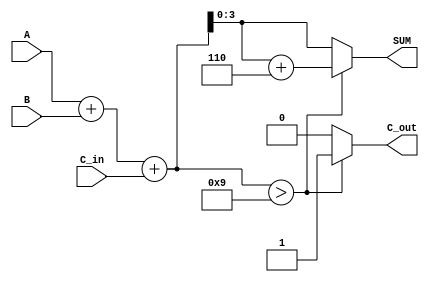
module BCD_Async_Adder (
    input [3:0] A,       // First BCD digit
    input [3:0] B,       // Second BCD digit
    input C_in,          // Carry-in
    output reg [3:0] SUM, // BCD sum output
    output reg C_out      // Carry-out
);

    // Internal wire to hold the binary sum
    wire [4:0] S; // 5 bits to hold sum and carry
    assign S = A + B + C_in; // Binary addition

    always @(*) begin
        // Check if correction is needed
        if (S > 4'b1001) begin
            SUM = S + 4'b0110; // Correct the sum by adding 6
            C_out = 1;         // Set carry-out
        end else begin
            SUM = S[3:0];      // No correction needed, take lower 4 bits
            C_out = 0;         // No carry-out
        end
    end

endmodule